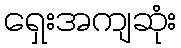
ရှေးအကျဆုံး